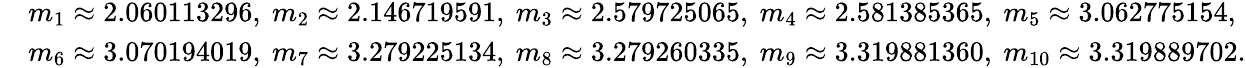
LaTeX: \begin{array}{rl}&{m_{1}\approx 2.060113296,~m_{2}\approx 2.146719591,~m_{3}\approx 2.579725065,~m_{4}\approx 2.581385365,~m_{5}\approx 3.062775154,}\\ &{m_{6}\approx 3.070194019,~m_{7}\approx 3.279225134,~m_{8}\approx 3.279260335,~m_{9}\approx 3.319881360,~m_{10}\approx 3.319889702.}\end{array}